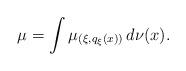
LaTeX: \begin{align*}\mu = \int \mu _{(\xi, q _\xi (x))} \, d \nu (x) .\end{align*}